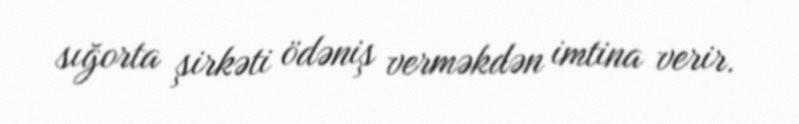
sığorta şirkəti ödəniş verməkdən imtina verir.